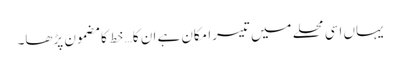
یہاں اسی محلے میں تیسرا مکان ہے ان کا… خط کا مضمون پڑھا۔